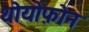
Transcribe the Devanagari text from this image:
थोयोफ़ोन